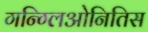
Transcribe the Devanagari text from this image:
गन्ग्लिओनितिस